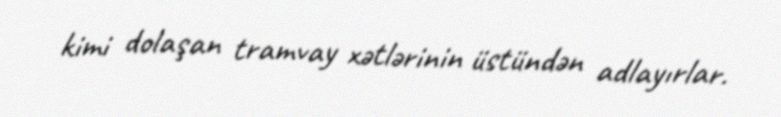
kimi dolaşan tramvay xətlərinin üstündən adlayırlar.